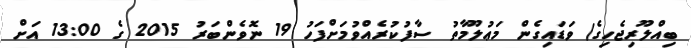
ބިއްލޫރިޖެހިގެ) ވަޑައިގެން މަޢުލޫމާތު ސާފުކުރެއްވުމަށްފަހު 19 ނޮވެންބަރު 2015 ގެ 13:00 އަށް